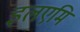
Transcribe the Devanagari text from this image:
इलएमि